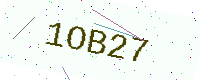
Text: 1OB27